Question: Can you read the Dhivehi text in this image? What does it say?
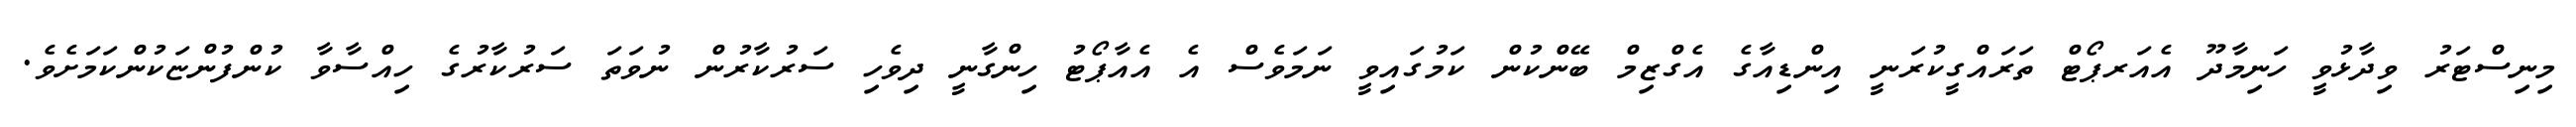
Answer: މިނިސްޓަރު ވިދާޅުވީ ހަނިމާދޫ އެއަރޕޯޓް ތަރައްގީކުރަނީ އިންޑިއާގެ އެގްޒިމް ބޭންކުން ކަމުގައިވީ ނަމަވެސް އެ އެއާޕޯޓު ހިންގާނީ ދިވެހި ސަރުކާރުން ނުވަތަ ސަރުކާރުގެ ހިއްސާވާ ކުންފުންޏަކުންކަމަށެވެ.